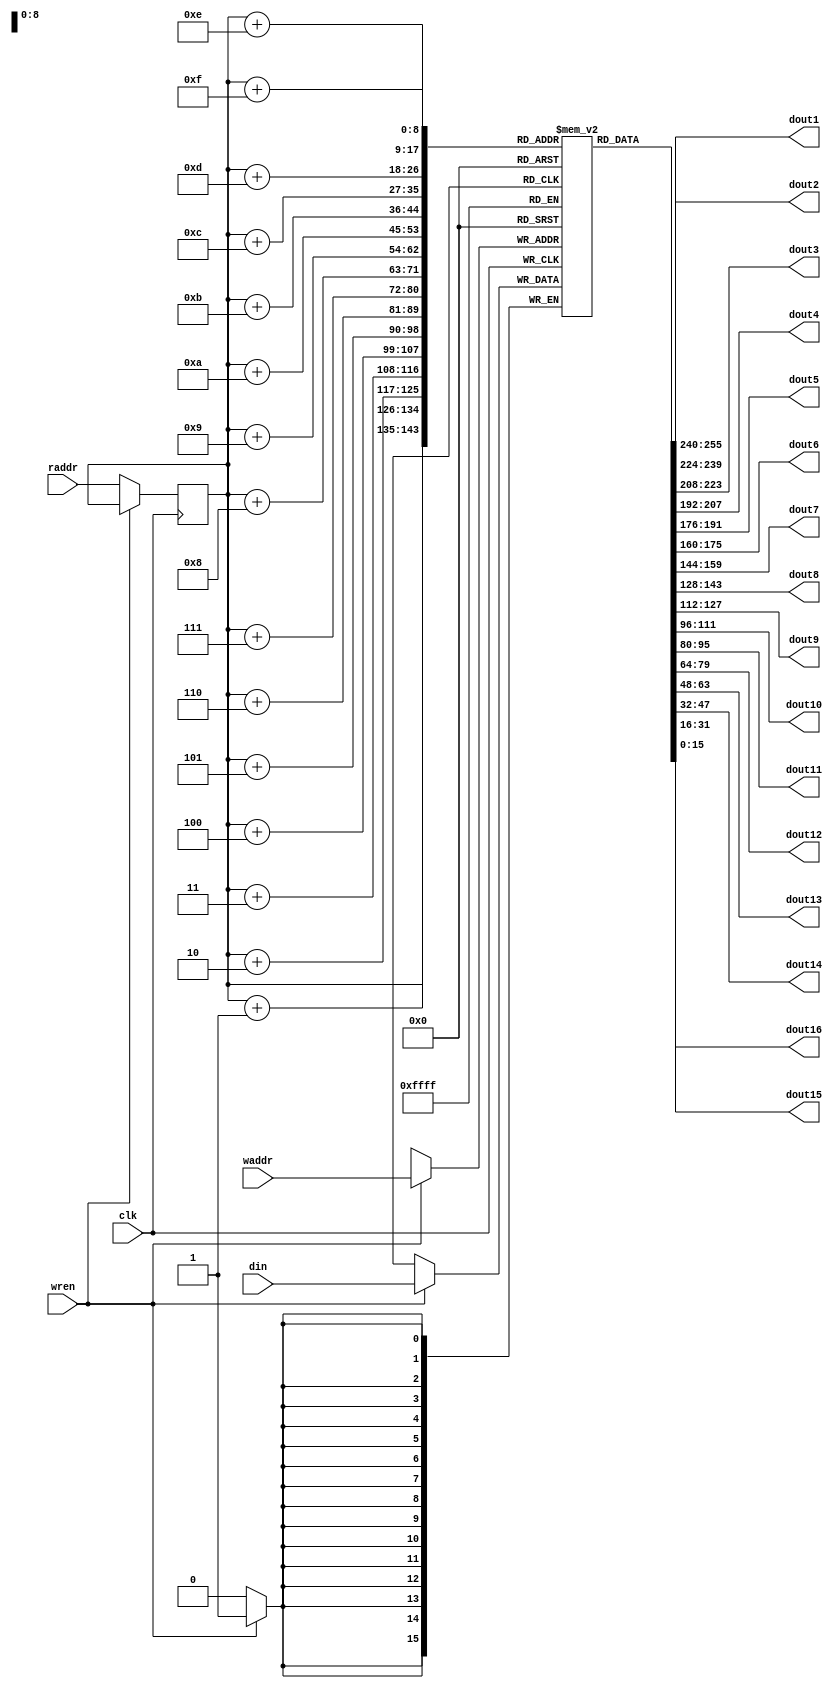
 module ram_1_16(
	  //input:
	  clk,
	  wren,
	  din,
	  waddr,
	  raddr,
	  //output:
	  dout1,
	  dout2,
	  dout3,
	  dout4,
	  dout5,
	  dout6,
	  dout7,
	  dout8,
	  dout9,
	  dout10,
	  dout11,
	  dout12,
	  dout13,
	  dout14,
	  dout15,
	  dout16
	  );
 
	  parameter   DWIDTH = 16; //
	  parameter   AWIDTH = 9; //
 
	  input clk;
	  input wren;
	  input [DWIDTH-1:0] din;
	  input [AWIDTH-1:0] waddr;
	  input   [AWIDTH-1:0] raddr;
	  output [DWIDTH-1:0] dout1; 
	  output [DWIDTH-1:0] dout2; 
	  output [DWIDTH-1:0] dout3; 
	  output [DWIDTH-1:0] dout4; 
	  output [DWIDTH-1:0] dout5; 
	  output [DWIDTH-1:0] dout6; 
	  output [DWIDTH-1:0] dout7; 
	  output [DWIDTH-1:0] dout8; 
	  output [DWIDTH-1:0] dout9; 
	  output [DWIDTH-1:0] dout10; 
	  output [DWIDTH-1:0] dout11; 
	  output [DWIDTH-1:0] dout12; 
	  output [DWIDTH-1:0] dout13; 
	  output [DWIDTH-1:0] dout14; 
	  output [DWIDTH-1:0] dout15; 
	  output [DWIDTH-1:0] dout16; 
 
	  reg [DWIDTH-1:0] RAM [2**AWIDTH-1:0];
	  reg [AWIDTH-1:0] raddr_reg;
 
	  always @ (posedge clk)
	  begin
			if(wren) 
				 begin
				 RAM[waddr] <= din;
				 end
			else
				 begin
				 raddr_reg <= raddr;
				 end
		
	  end
 
	  assign dout1 = RAM[raddr_reg];
	  assign dout2 = RAM[raddr_reg+16'd1];
	  assign dout3 = RAM[raddr_reg+16'd2];
	  assign dout4 = RAM[raddr_reg+16'd3];
	  assign dout5 = RAM[raddr_reg+16'd4];
	  assign dout6 = RAM[raddr_reg+16'd5];
	  assign dout7 = RAM[raddr_reg+16'd6];
	  assign dout8 = RAM[raddr_reg+16'd7];
	  assign dout9 = RAM[raddr_reg+16'd8];
	  assign dout10 = RAM[raddr_reg+16'd9];
	  assign dout11 = RAM[raddr_reg+16'd10];
	  assign dout12 = RAM[raddr_reg+16'd11];
	  assign dout13 = RAM[raddr_reg+16'd12];
	  assign dout14 = RAM[raddr_reg+16'd13];
	  assign dout15 = RAM[raddr_reg+16'd14];
	  assign dout16 = RAM[raddr_reg+16'd15];
 endmodule